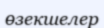
өзекшелер